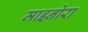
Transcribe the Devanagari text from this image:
माइनोरा